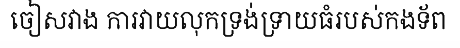
ចៀសវាង ការវាយលុកទ្រង់ទ្រាយធំរបស់កងទ័ព